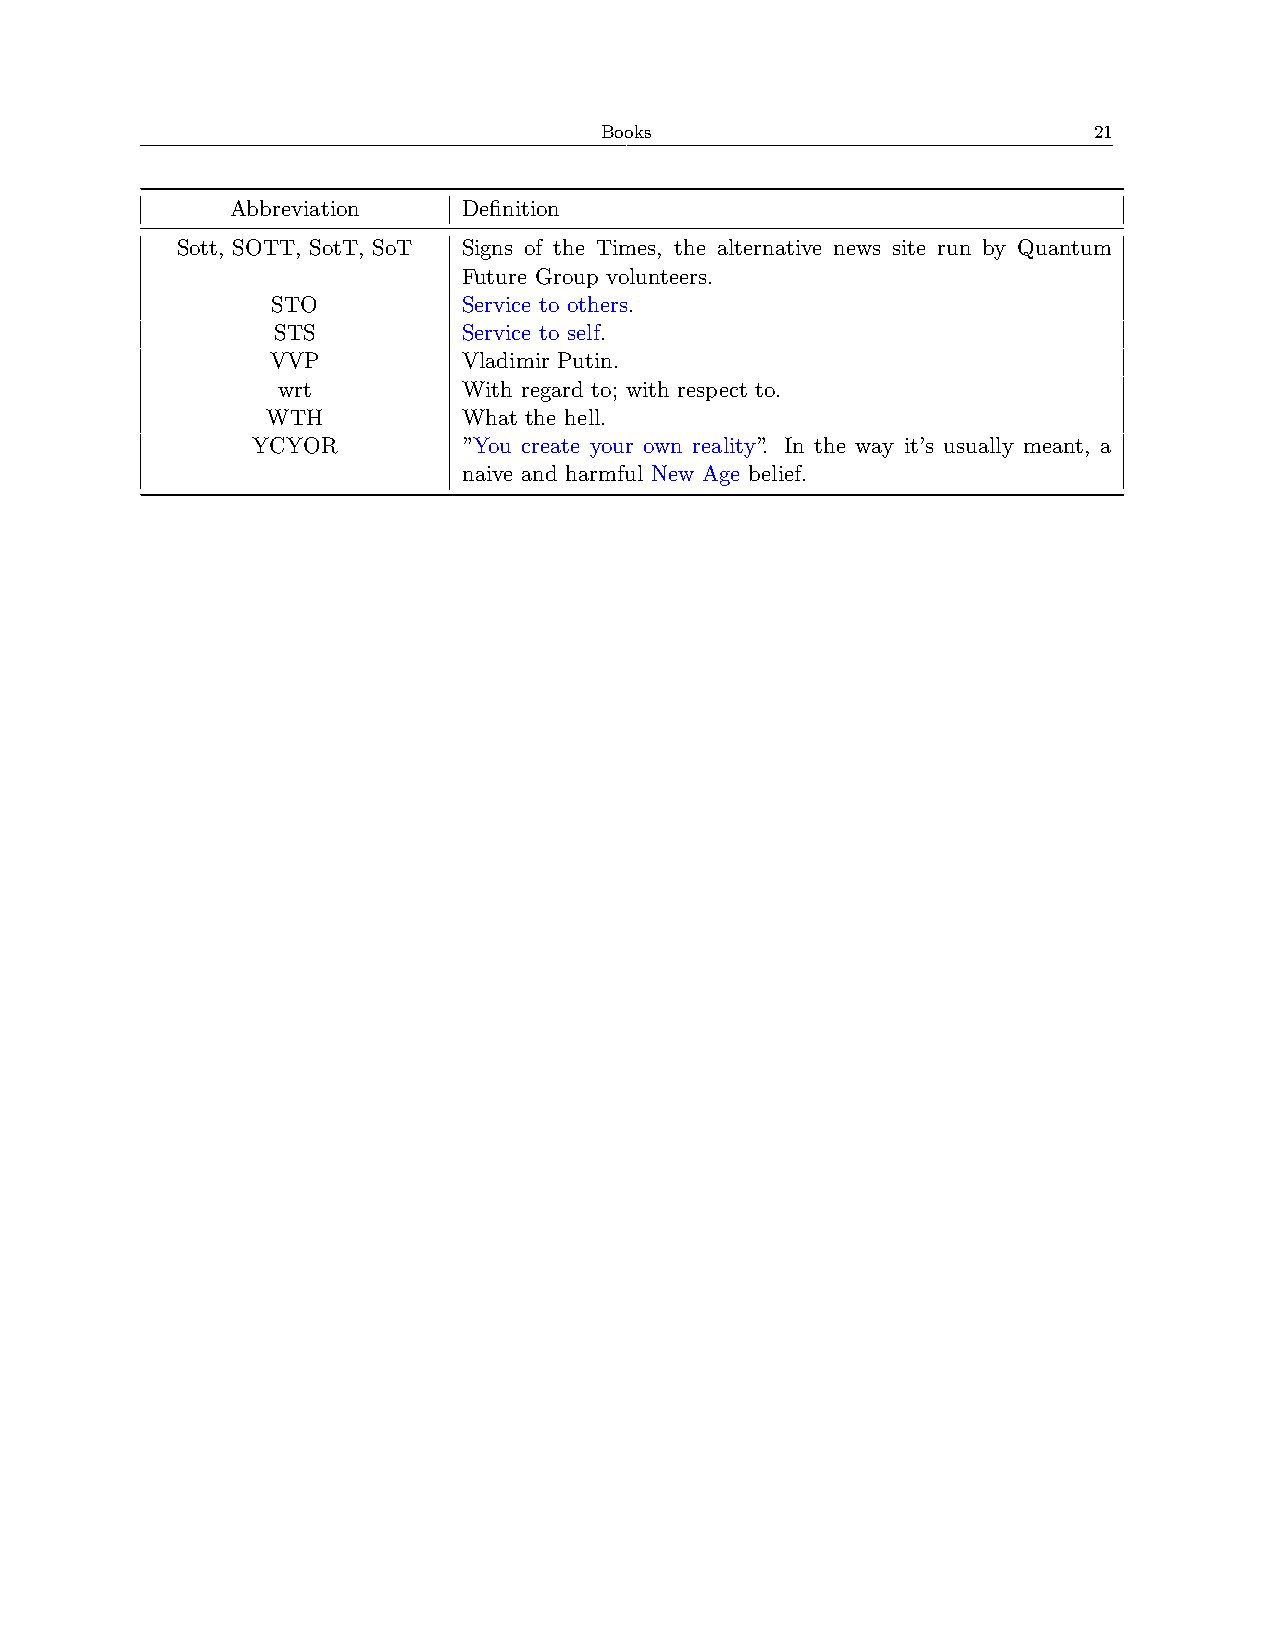
Books                           21
 Abbreviation    Definition
 Sott, SOTT, SotT, SoT Signs of the Times, the alternative news site run by Quantum
 Future Group volunteers.
 STO          Service to others.
 STS          Service to self.
 VVP          Vladimir Putin.
 wrt          With regard to; with respect to.
 WTH          What the hell.
 YCYOR         ”You create your own reality”. In the way it’s usually meant, a
 naive and harmful New Age belief.